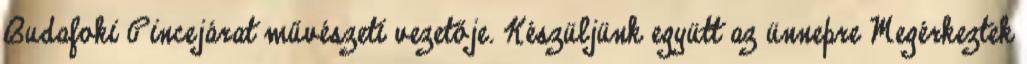
Budafoki Pincejárat művészeti vezetője. Készüljünk együtt az ünnepre Megérkeztek